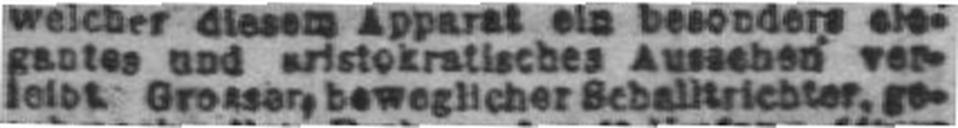
leibt. Grosser, beweglicher Schalltrichter, ge¬